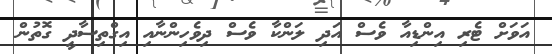
އަވަށް ޓެރި އިންޑިއާ ވެސް އަދި ލަންކާ ވެސް ދިވެހިންނާއި އިގްތިސާދީ ގޮތުން